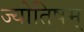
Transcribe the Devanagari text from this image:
ज्योतिषम्